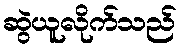
ဆွဲယူလိုက်သည်